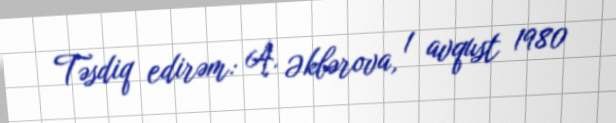
Təsdiq edirəm: A. Əkbərova, 1 avqust 1980